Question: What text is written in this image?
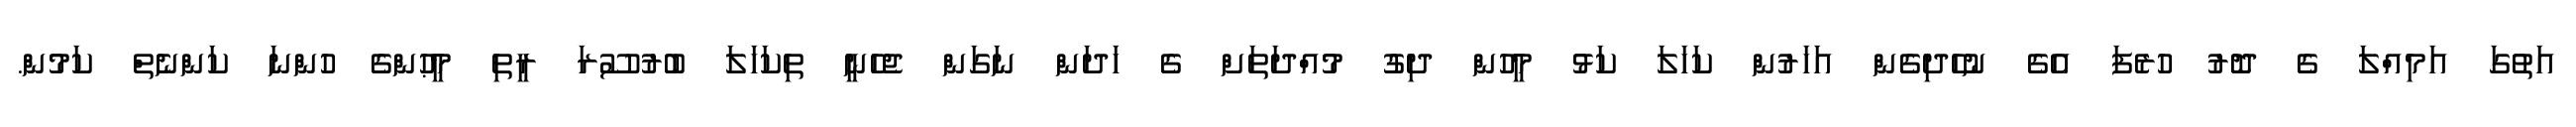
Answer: އަތުގަ އަމިއްލަ ގެ ދޮރު ހުރެފަ އެގެ ނުހެދިގެން އަހަރުން ކަހަލަ ކަޅު މީހުން ދިގު މުއްދަތަށް ގެ ހަދަން ނަގަން ޖެހެނީ ތިކަހަލަ ބުރުސޫރަ ރީތި މީޙުންގެ ހުންނަ ކަންނެތް ކަމުން.